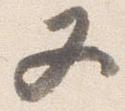
又